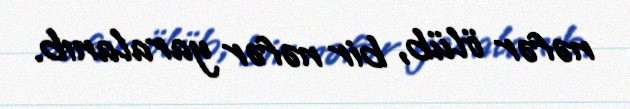
nəfər ölüb, bir nəfər yaralanıb.